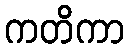
ကတိကာ